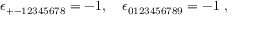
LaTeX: \qquad \epsilon _ { + - 1 2 3 4 5 6 7 8 } = - 1 , ~ ~ ~ \epsilon _ { 0 1 2 3 4 5 6 7 8 9 } = - 1 ~ ,